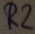
Text: R2